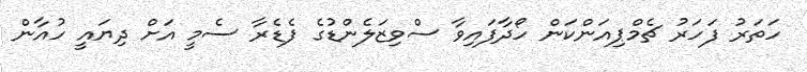
ހަތަރު ފަހަރު ޗެމްޕިއަންކަން ހޯދާފައިވާ ސްވިޒަލެންޑުގެ ފެޑެރާ ސެމީ އަށް ދިޔައީ ހުއާން